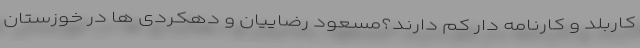
کاربلد و کارنامه دار کم دارند؟مسعود رضاییان و دهکردی ها در خوزستان